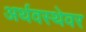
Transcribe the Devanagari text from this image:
अर्थवस्थेवर